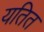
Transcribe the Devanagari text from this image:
यतित